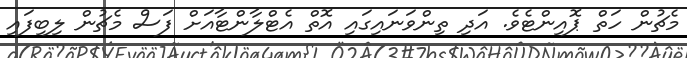
މެޗުން ހަތް ޕޮއިންޓެވެ. އަދި ތިންވަނައިގައި އޮތް އެޓްލާންޓާއަށް ފަސް މެޗުން ލިބިފައި